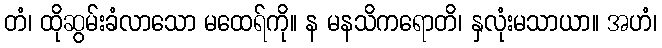
တံ၊ ထိုဆွမ်းခံလာသော မထေရ်ကို။ န မနသိကရောတိ၊ နှလုံးမသာယာ။ အဟံ၊